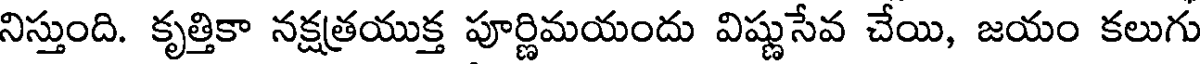
నిస్తుంది. కృత్తికా నక్షత్రయుక్త పూర్ణిమయందు విష్ణుసేవ చేయి, జయం కలుగు